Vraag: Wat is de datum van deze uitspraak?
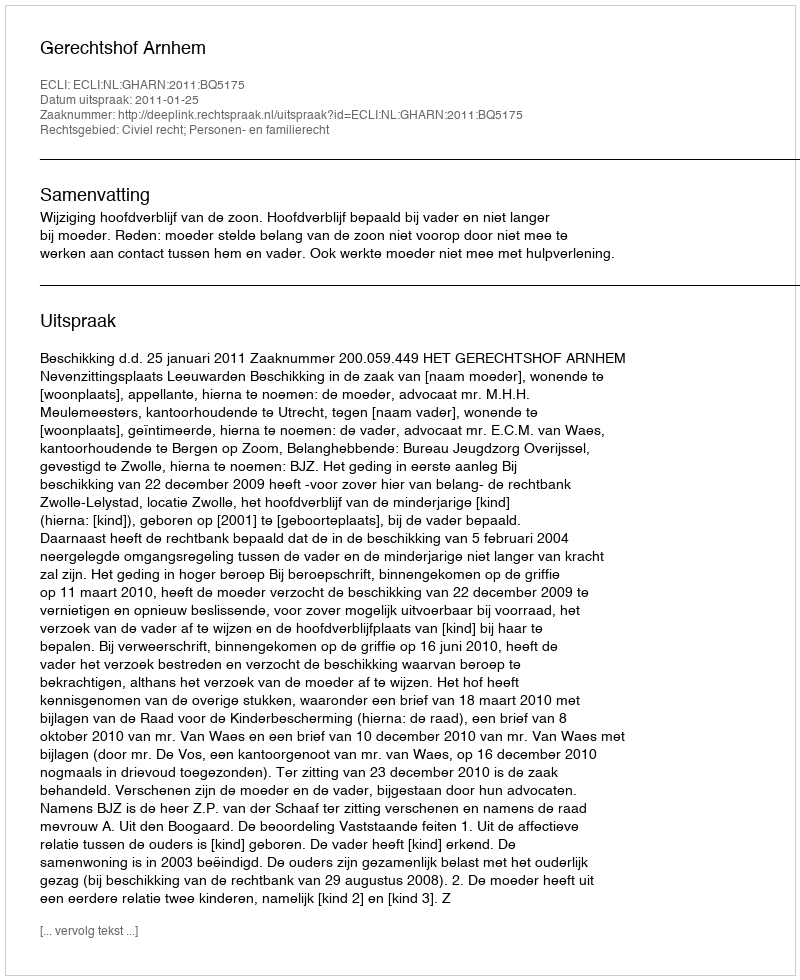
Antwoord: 2011-01-25